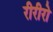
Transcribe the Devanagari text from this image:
रीरीरो